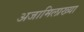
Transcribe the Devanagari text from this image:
अजामिलाख्या